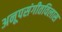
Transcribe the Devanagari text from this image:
अनूपसंगीतविलास